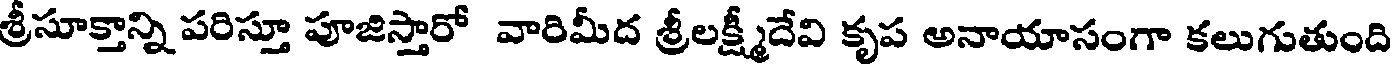
శ్రీసూక్తాన్ని పరిస్తూ పూజిస్తారో వారిమీద శ్రీలక్ష్మీదేవి కృప అనాయాసంగా కలుగుతుంది